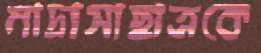
মাদ্রাসাছাত্রকে